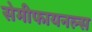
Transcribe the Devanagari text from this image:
सेमीफायनल्स